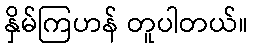
နှိမ်ကြဟန် တူပါတယ်။